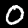
Digit: 0